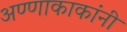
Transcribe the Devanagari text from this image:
अण्णाकाकांनी